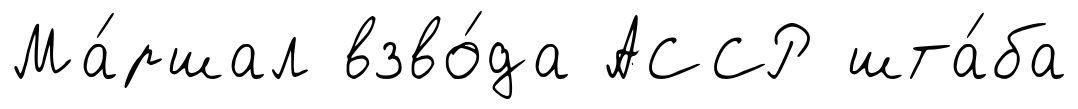
Ма́ршал взво́да АССР шта́ба